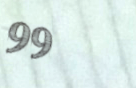
99¢